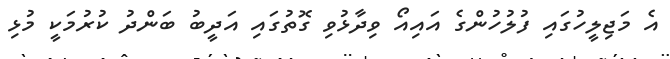
އެ މަޖިލީހުގައި ފުލުހުންގެ އައިއޯ ވިދާޅުވި ގޮތުގައި އަދީބު ބަންދު ކުރުމަކީ މުޅި